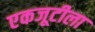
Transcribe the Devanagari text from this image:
एकजूटीला